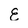
Character: E